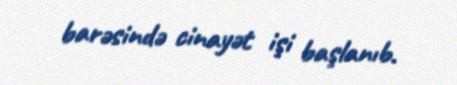
barəsində cinayət işi başlanıb.